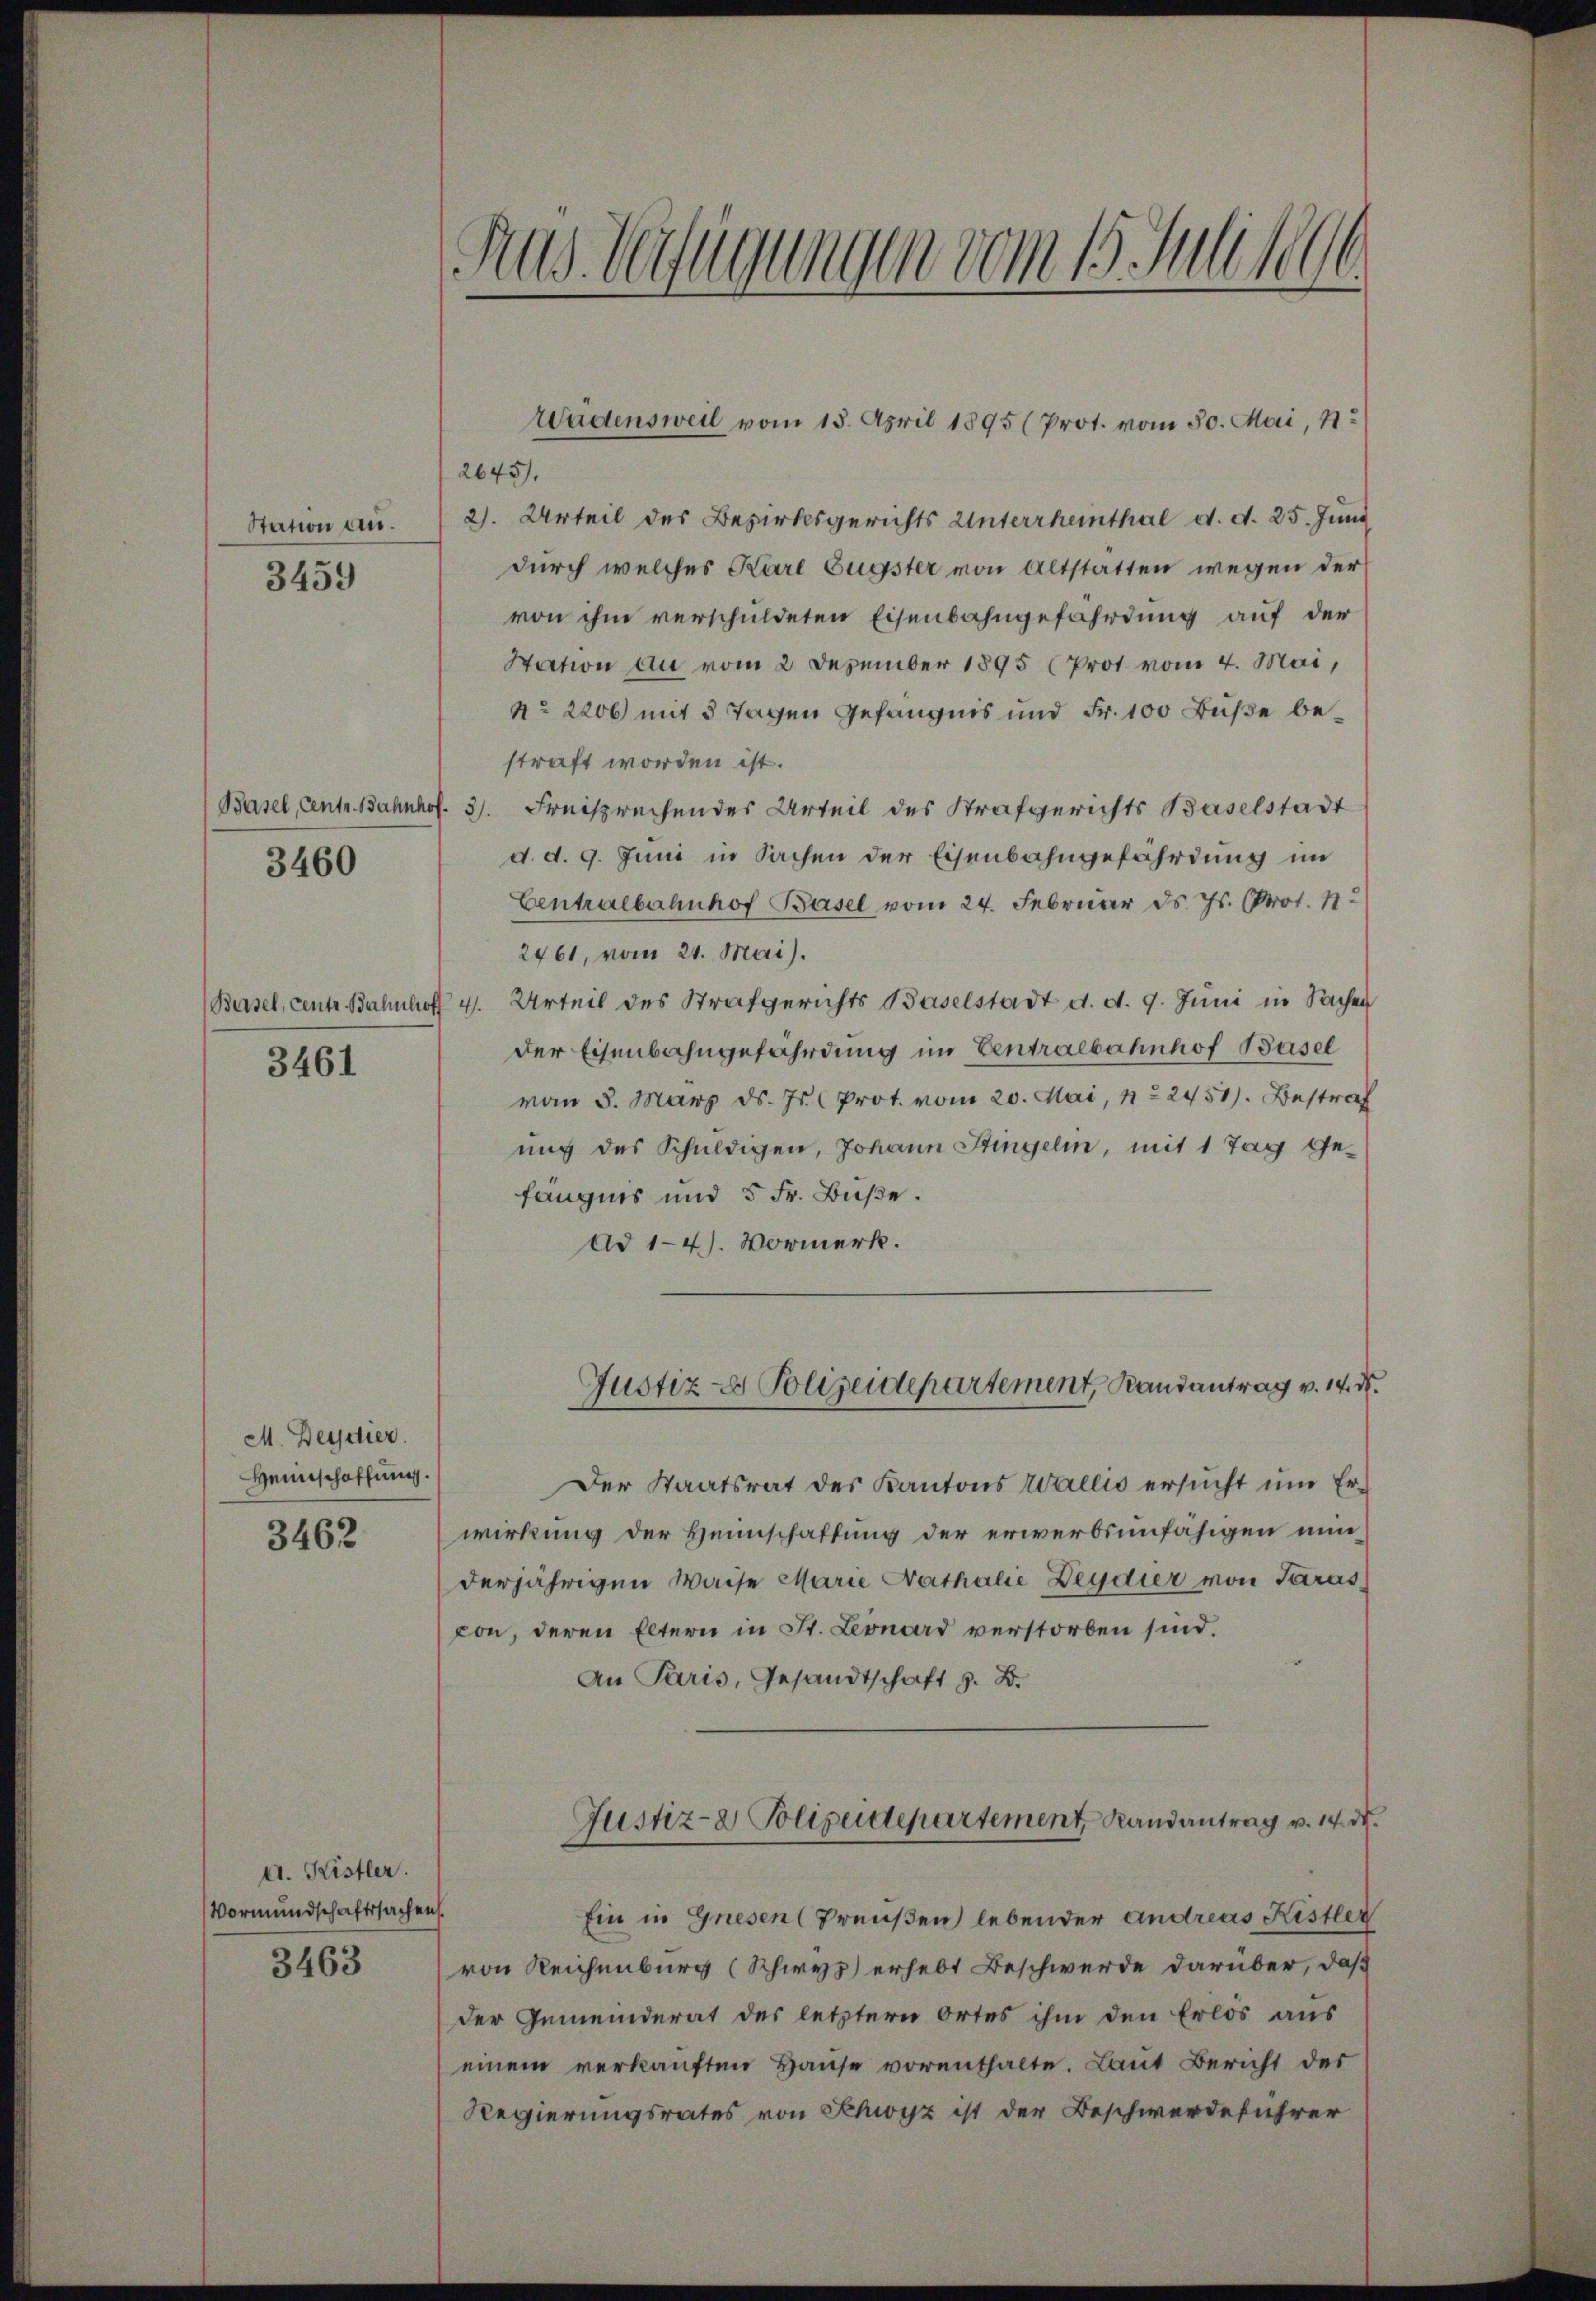
Station an.
3459

3460

3461

M. Beydier.
Heimschaffung.

3462

d. Kistler.
Vormundschaftssachen.
3463

Aus Verfügungen vom 15. Juli 1896

2645.
2). Urteil des Bezirksgerichts Unterrheinthal d. d. 25. Juni
durch welches Karl Eugster von Altstatten wegen der
von ihm verschuldeten Eisenbahngefährdung auf der
Station an vom 2. Dezember 1895 (Prot vom 4. Mai,
N° 2206 mit 3 Tagen Gefängnis und Fr. 100 Buße bestraft worden ist.
Basel, Centr. Bahnhof. 3. Freisprechen des Urteil des Strafgerichts Baselstadt
d. d. 9. Juni in Sachen der Eisenbahngefährdung im
Centralbahnhof Basel vom 24. Februar ds. Js. Prot. 11.
2461, vom 21. Mai).
Basel, centr. Bahnhof 4. Urteil des Strafgerichts Baselstadt d. d. 9. Juni in Sachen
der Eisenbahngefährdung im Centralbahnhof Basel
vom 5. März d. Js. Prot. vom 20. Mai, N. 2451). Bestraf
unc des Schuldigen, Johann Singelin, mit 1 Tag gefängnis und 5 Fr. Buße.
Ad 1-4). Vormerk.
Justiz- & Polizeidepartement, Randantrag v. 14. d.
Der Staatsrat des Kantons Wallis ersucht um Erwirkung der Heimschaftung der erwerbsunfähigen minderjährigen Waise Marie Nathalie Beydier von Saras
con, deren Eltern in St. Leonard verstorben sind.
An Paris, Gesandtschaft z. B.
Justiz- & Polizeidepartement Randantrag v. 14. d.
Ein in Gnesen (Preußen lebender andreas Kistler
von Reichenburg (Schwyz) erhebt Beschwerde darüber, daß
der Gemeinderat des letzteren Ortes ihm den Erlös aus
einem verkaŭften Haŭse vorenthalte. Laut Bericht des
Regierungsrates von Schwyz ist der Beschwerdeführer

rädensweil vom 15. April 1895 (Prot. vom 30. Mai, 11.